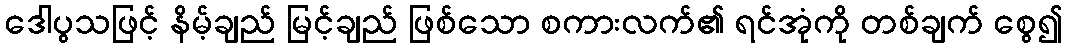
ဒေါပွသဖြင့် နိမ့်ချည် မြင့်ချည် ဖြစ်သော စကားလက်၏ ရင်အုံကို တစ်ချက် စွေ၍